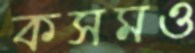
কসমও